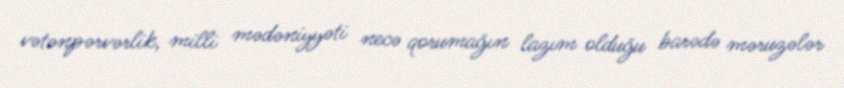
vətənpərvərlik, milli mədəniyyəti necə qorumağın lazım olduğu barədə məruzələr